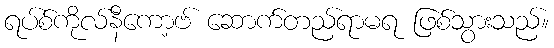
ရပ်စ်ကိုလ်နီကော့ဗ် ဆောက်တည်ရာမရ ဖြစ်သွားသည်။